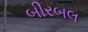
બીરબલ